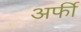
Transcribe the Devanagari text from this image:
अर्फी